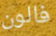
فالون